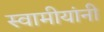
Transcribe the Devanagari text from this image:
स्वामीयांनी